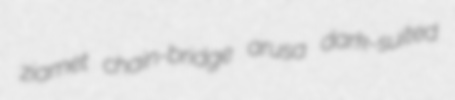
ziamet chain-bridge arusa dark-suited